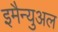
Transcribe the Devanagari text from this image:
इमैन्युअल